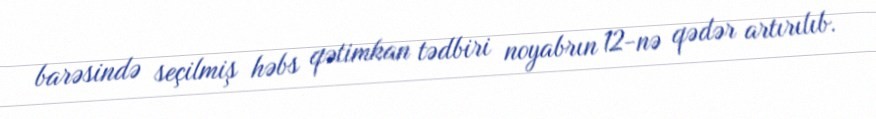
barəsində seçilmiş həbs qətimkan tədbiri noyabrın 12-nə qədər artırılıb.